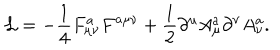
LaTeX: { \cal L } = - { \frac { 1 } { 4 } } F _ { \mu \nu } ^ { a } F ^ { a \mu \nu } + { \frac { 1 } { 2 } } \partial ^ { \mu } A _ { \mu } ^ { a } \partial ^ { \nu } A _ { \nu } ^ { a } .